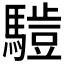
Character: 𱄮